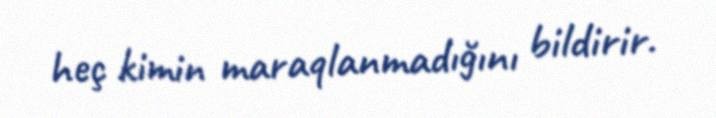
heç kimin maraqlanmadığını bildirir.